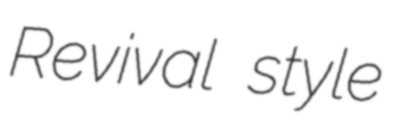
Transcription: Revival style